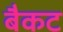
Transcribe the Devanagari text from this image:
बैकट